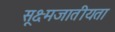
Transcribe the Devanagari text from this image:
सूक्ष्मजातीयता